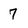
Character: 7